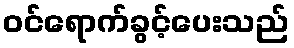
ဝင်ရောက်ခွင့်ပေးသည်